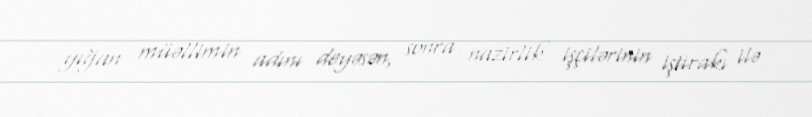
yığan müəllimin adını deyəsən, sonra nazirlik işçilərinin iştirakı ilə